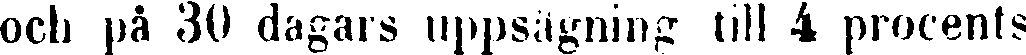
och på 30 dagars uppsägning till 4 procents